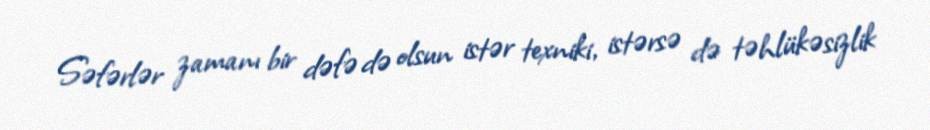
Səfərlər zamanı bir dəfə də olsun istər texniki, istərsə də təhlükəsizlik